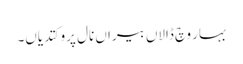
بہار وچ ڈالاں بیراں نال پرو کتدیاں۔